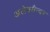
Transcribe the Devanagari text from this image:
अलेक्सैन्दर